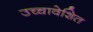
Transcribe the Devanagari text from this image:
उच्चावेशित